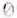
0